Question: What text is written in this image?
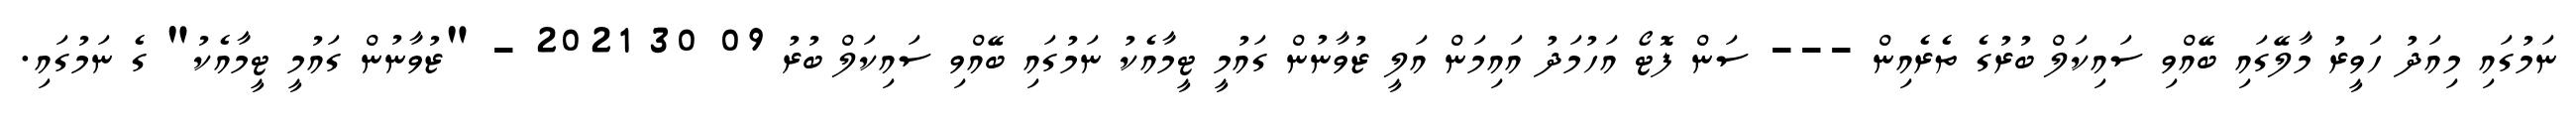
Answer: ނަމުގައި މިއަދު ހަވީރު މާލޭގައި ބޭއްވި ސައިކަލް ބުރުގެ ތެރެއިން --- ސަން ފޮޓޯ އަހުމަދު އައިމަން އަލީ ޒުވާނުން ގައުމީ ޓީމާއެކު ނަމުގައި ބޭއްވި ސައިކަލް ބުރު 09 30 2021 - "ޒުވާނުން ގައުމީ ޓީމާއެކު" ގެ ނަމުގައި.